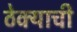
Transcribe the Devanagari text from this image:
ठेक्याची